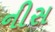
નીસ